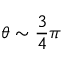
\theta \sim \frac { 3 } { 4 } \pi